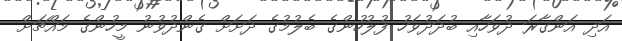
އަދި އަންގާރަ ދުވަހާއި ބުދަދުވަހު ފުލުހުންގެ ބެލުމުގެ ދަށަށް ގެންދުވުނު މީހުންގެ މައްޗަށް